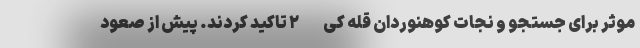
موثر برای جستجو و نجات کوهنوردان قله کی-۲ تاکید کردند. پیش از صعود